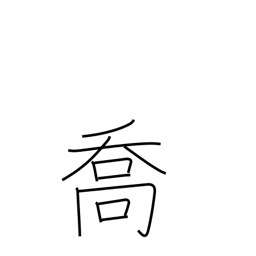
Meaning: boasting